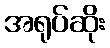
အရုပ်ဆိုး